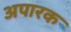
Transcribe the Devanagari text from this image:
अपारक